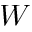
W